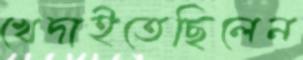
খেদাইতেছিলেন